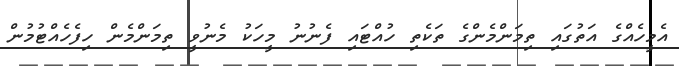
އެމީހެއްގެ އަތުގައި ތިމަންމެންގެ ތަކެތި ހުއްޓައި ފެނުނު މީހަކު މެނުވީ ތިމަންމެން ހިފެހެއްޓުމުން